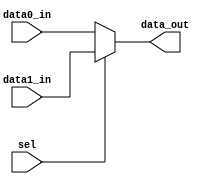
module MUX2_5bit(data0_in,data1_in,sel,data_out);

input [4:0] data0_in, data1_in;
input sel;
output [4:0] data_out;

assign data_out = (sel) ? data1_in : data0_in;

endmodule